Scientific memoirs by medical officers of the Army of India - Part V,
Year: 1890
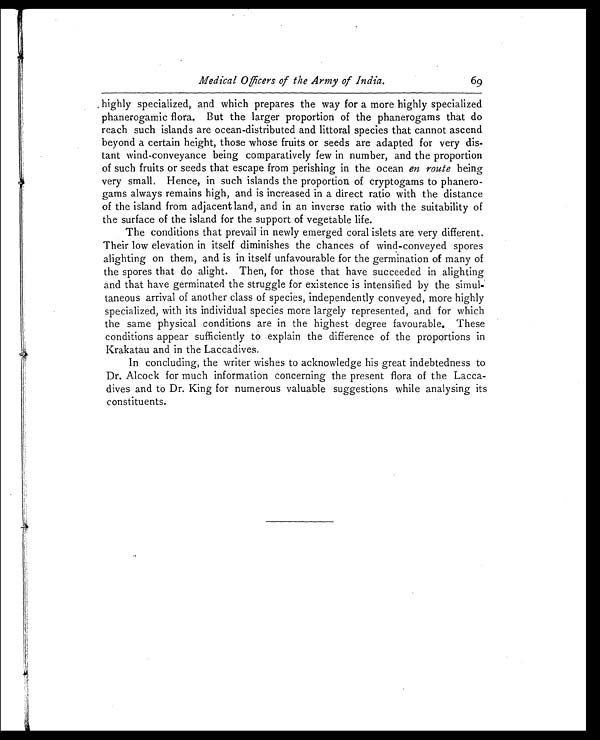
Medical Officers of the Army of India.
69
highly specialized, and which prepares the way for a more highly specialized
phanerogamic flora. But the larger proportion of the phanerogams that do
reach such islands are ocean-distributed and littoral species that cannot ascend
beyond a certain height, those whose fruits or seeds are adapted for very dis-
tant wind-conveyance being comparatively few in number, and the proportion
of such fruits or seeds that escape from perishing in the ocean en route being
very small. Hence, in such islands the proportion of cryptogams to phanero-
gams always remains high, and is increased in a direct ratio with the distance
of the island from adjacent land, and in an inverse ratio with the suitability of
the surface of the island for the support of vegetable life.
The conditions that prevail in newly emerged coral islets are very different.
Their low elevation in itself diminishes the chances of wind-conveyed spores
alighting on them, and is in itself unfavourable for the germination of many of
the spores that do alight. Then, for those that have succeeded in alighting
and that have germinated the struggle for existence is intensified by the simul-
taneous arrival of another class of species, independently conveyed, more highly
specialized, with its individual species more largely represented, and for which
the same physical conditions are in the highest degree favourable. These
conditions appear sufficiently to explain the difference of the proportions in
Krakatau and in the Laccadives.
In concluding, the writer wishes to acknowledge his great indebtedness to
Dr. Alcock for much information concerning the present flora of the Lacca-
dives and to Dr. King for numerous valuable suggestions while analysing its
constituents.